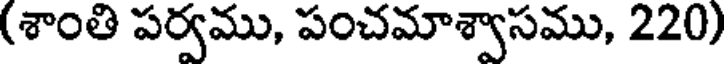
(శాంతి పర్వము, పంచమాశ్వాసము, 220)